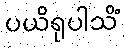
ပယိရုပါသိံ